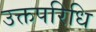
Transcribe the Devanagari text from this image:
उक्तपरिधि